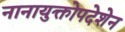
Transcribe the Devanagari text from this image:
नानायुक्तोपदेशेन